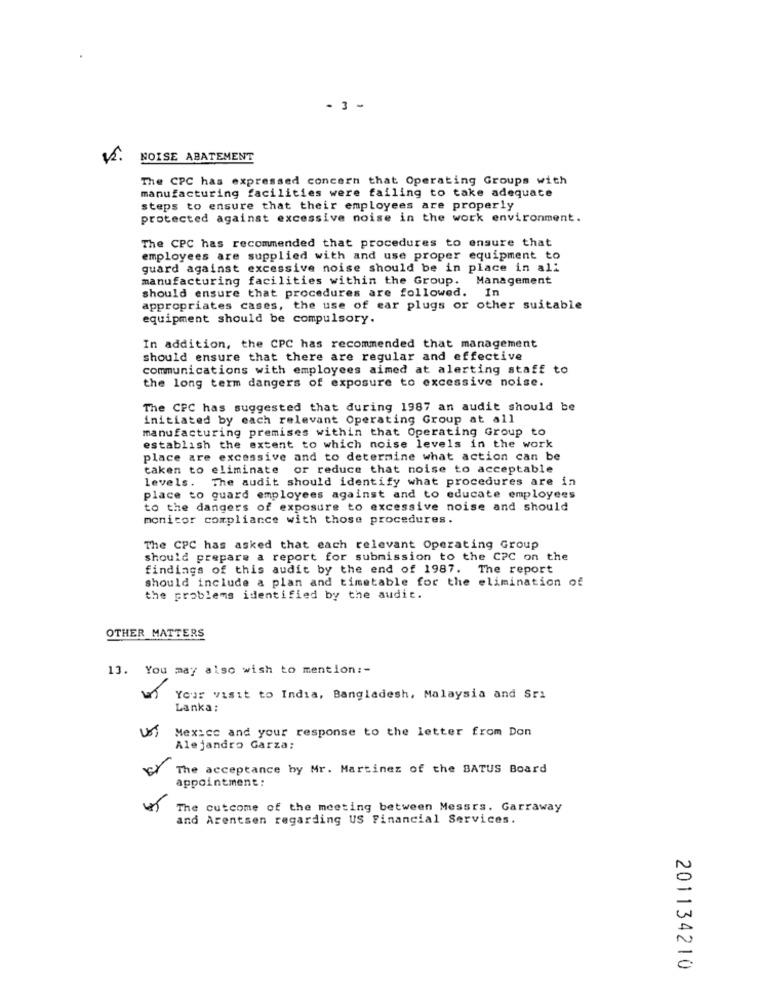
- 3 -
NOISE ABATEMENT
The CPC has expressed concern that Operating Groups with
manufacturing facilities were failing to take adequate
steps to ensure that their employees are properly
protected against excessive noise in the work environment.
The CPC has recommended that procedures to ensure that
employees are supplied with and use proper equipment to
guard against excessive noise should be in place in all
manufacturing facilities within the Group. Management
should ensure that procedures are followed. In
appropriates cases, the use of ear plugs or other suitable
equipment should be compulsory.
In addition, the CPC has recommended that management
should ensure that there are regular and effective
communications with employees aimed at alerting staff to
the long term dangers of exposure to excessive noise.
The CPC has suggested that during 1987 an audit should be
initiated by each relevant Operating Group at all
manufacturing premises within that Operating Group to
establish the extent to which noise levels in the work
place are excessive and to determine what action can be
taken to eliminate or reduce that noise to acceptable
The audit should identify what procedures are in
levels.
place to guard employees against and to educate employees
to the dangers of exposure to excessive noise and should
monitor compliance with those procedures.
The CPC has asked that each relevant Operating Group
should prepare a report for submission to the CPC on the
findings of this audit by the end of 1987. The report
should include a plan and timetable for the elimination of
the problems identified by the audit.
OTHER MATTERS
13. You may also wish to mention :-
Your visit to India, Bangladesh, Malaysia and Sri
Lanka:
Mexico and your response to the letter from Don
Alejandro Garza:
The acceptance by Mr. Martinez of the BATUS Board
appointment:
The outcome of the meeting between Messrs. Garraway
and Arentsen regarding US Financial Services.
201134210